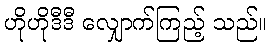
ဟိုဟိုဒီဒီ လျှောက်ကြည့် သည်။